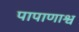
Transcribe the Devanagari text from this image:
पापाणाश्व